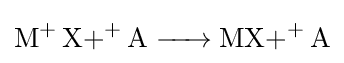
{\ce {{M}+ {X+}+ A -> {MX+}+ A}}